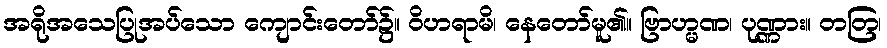
အရိုအသေပြုအပ်သော ကျောင်းတော်၌။ ဝိဟရာမိ၊ နေတော်မူ၏။ ဗြာဟ္မဏ၊ ပုဏ္ဏား။ တတြ၊